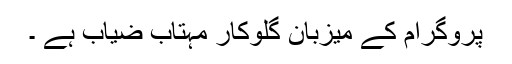
پروگرام کے میزبان گلوکار مہتاب ضیاب ہے ۔